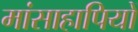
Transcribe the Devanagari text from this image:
मांसाहापियों